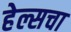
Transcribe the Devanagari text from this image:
हेल्सचा